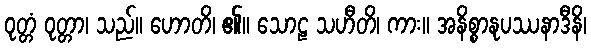
ဝုတ္တံ ဝုတ္တာ၊ သည်။ ဟောတိ၊ ၏။ သောဠ သဟီတိ၊ ကား။ အနိစ္စာနုပဿနာဒီနိ၊